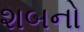
શબનો